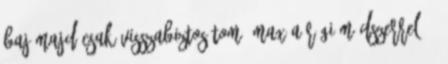
baj majd csak visszabiztosítom, max a régi módszerrel. 1